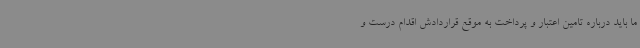
ما باید درباره تامین اعتبار و پرداخت به موقع قراردادش اقدام درست و